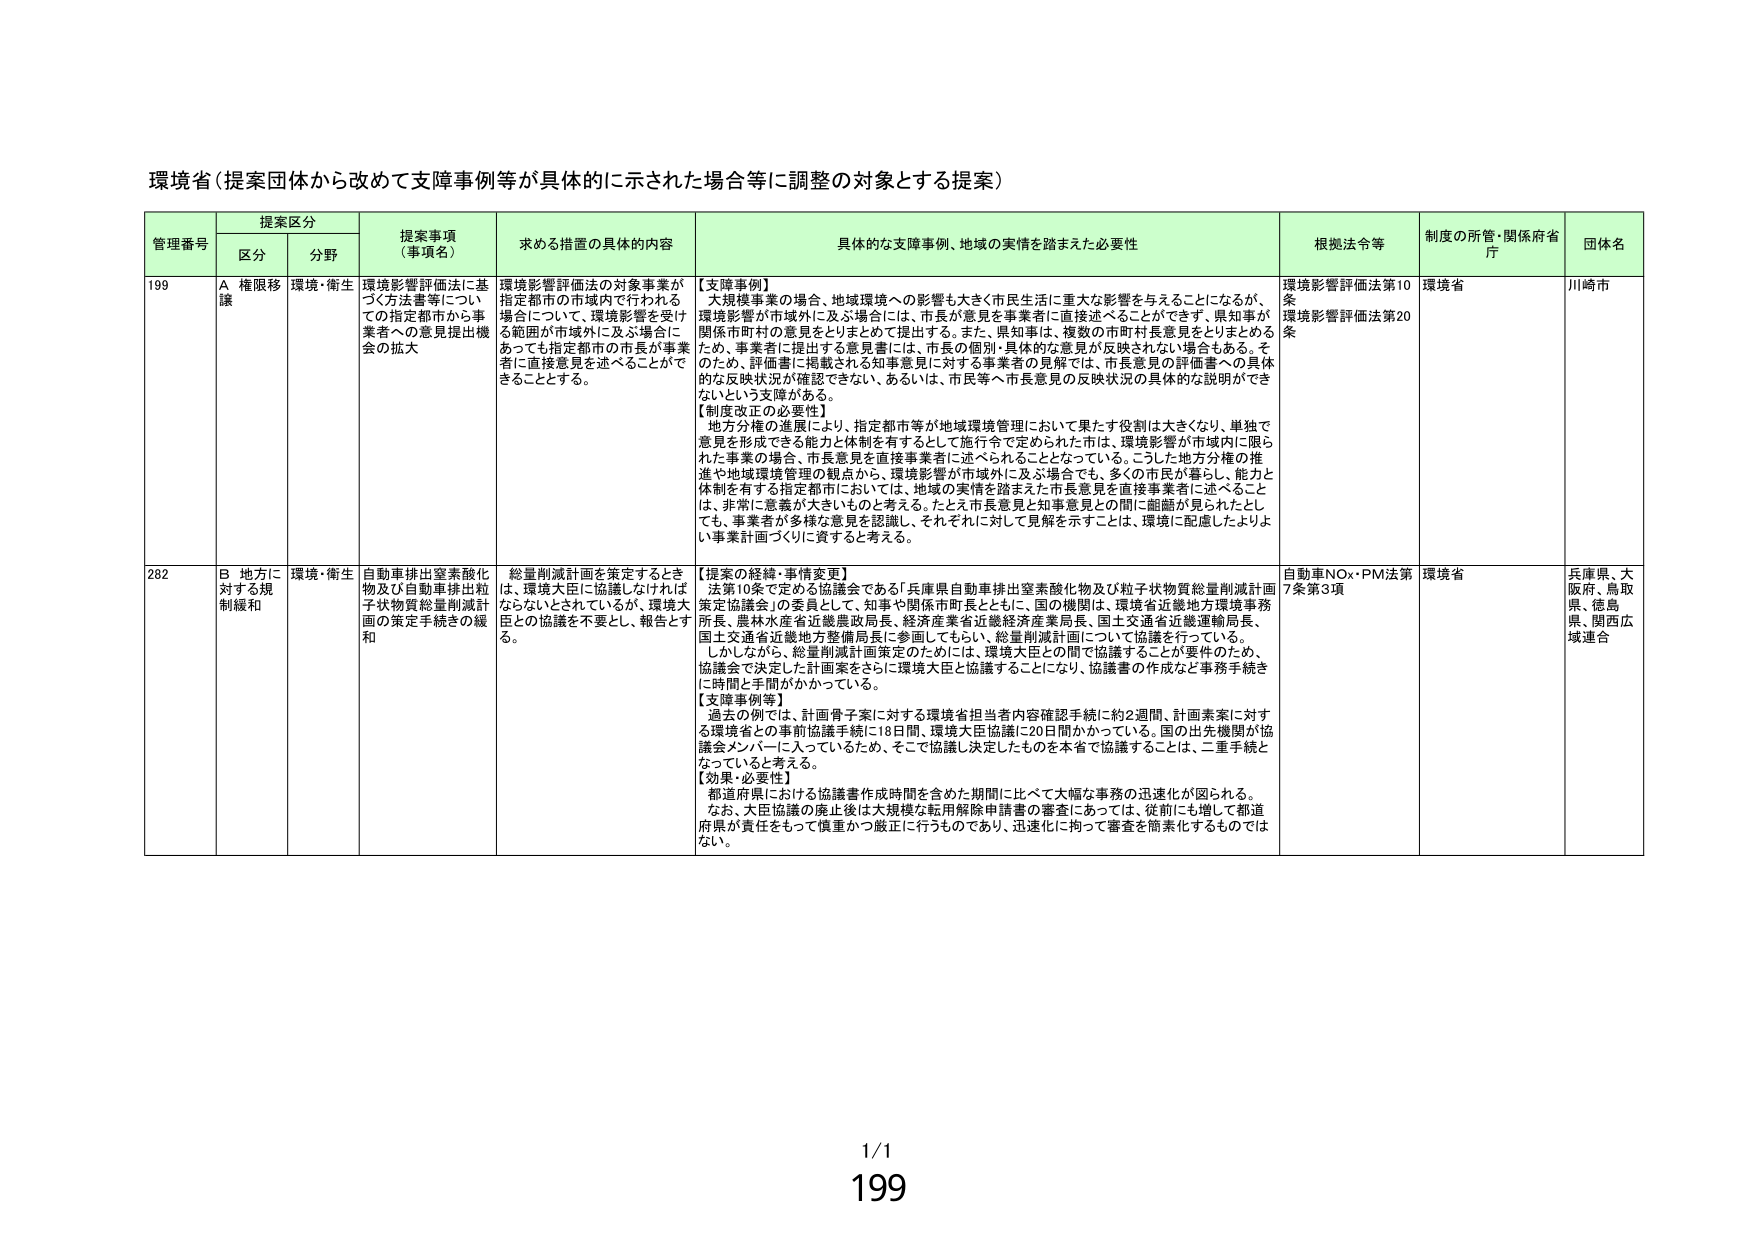
環境省（提案団体から改めて支援事例等が具体的に示された場合等に調整の対象とする提案）

管理番号　提案区分　提案事項（事項名）　求める措置の具体的内容　具体的な支援事例、地域の実情を踏まえた必要性　根拠法令等　制度の所管・関係府省庁　団体名
　　　　　区分　分野

199　A 権限移譲　環境・衛生　環境影響評価法に基づく方法書等についての指定都市から事業者への意見提出機会の拡大　環境影響評価法の対象事業が指定都市の市域内で行われる場合について、環境影響を受けた範囲が市域外に及ぶ場合にあっても指定都市の市長が事業者に直接意見を述べることができることとする。　【支援事例】
大規模事業の場合、地域環境への影響も大きく市民生活に重大な影響を与えることになるが、環境影響が市域外に及ぶ場合には、市長が意見を事業者に直接述べることができる。県知事が関係市町村の意見をとりまとめて提出する。また、県知事は、複数の市町村長意見をとりまとめるため、事業者に提出する意見書には、市長の個別・具体的な意見が反映されない場合もある。そのため、評価書に掲載される知事意見に対する事業者の見解では、市長意見の評価書への具体的な反映状況が確認できない、あるいは、市民等へ市長意見の反映状況の具体的な説明ができないという支障がある。
【制度改正の必要性】
地方分権の進展により、指定都市等が地域環境管理において果たす役割は大きくなく、単独で意見を形成できる能力と体制を有するとして施行令で定められた市は、環境影響が市域内に限られた事業の場合、市長意見を直接事業者に述べられることとなっている。こうした地方分権の推進や地域環境管理の観点から、環境影響が市域外に及ぶ場合でも、多くの市民が暮らし、能力と体制を有する指定都市においては、地域の実情を踏まえた市長意見を直接事業者に述べることは、非常に意義が大きいものと考える。たとえ市長意見と知事意見との間に齟齬が見られたとしても、事業者が多様な意見を認識し、それぞれに対して見解を示すことは、環境に配慮したよりよい事業計画づくりに資すると考える。　環境影響評価法第10条　環境影響評価法第20条　環境省　川崎市

282　B 地方に対する規制緩和　環境・衛生　自動車排出窒素酸化物及び自動車排出粒子状物質総量削減計画の策定手続きの緩和　総量削減計画を策定するときは、環境大臣に協議しなければならないとされているが、環境大臣との協議を不要とし、報告とする。　【提案の経緯・事情変更】
法第10条で定める協議会である「兵庫県自動車排出窒素酸化物及び粒子状物質総量削減計画策定協議会」の委員として、知事や関係市町長とともに、国の機関は、環境省近畿地方環境事務所長、農林水産省近畿農政局長、経済産業省近畿経済産業局長、国土交通省近畿運輸局長、国土交通省近畿地方整備局長に参画してもらい、総量削減計画について協議を行っている。
しかしながら、総量削減計画策定のためには、環境大臣との間で協議することが要件のため、協議会で決定した計画案をさらに環境大臣と協議することになり、協議書の作成など事務手続きに時間と手間がかかっている。
【支援事例等】
過去の例では、計画骨子案に対する環境省担当者内容確認手続に約2週間、計画素案に対する環境省との事前協議手続に18日間、環境大臣協議に20日間かかっている。国の出先機関が協議会メンバーに入っているため、そこで協議し決定したものを本省で協議することは、二重手続となっていると考える。
【効果・必要性】
都道府県における協議書作成時間を含めた期間に比べて大幅な事務の迅速化が図られる。
なお、大臣協議の廃止後は大規模な転用解除申請書の審査にあっては、従前にも増して都道府県が責任をもって慎重かつ厳正に行うものであり、迅速化に拘って審査を簡素化するものではない。　自動車NOx・PM法第7条第3項　環境省　兵庫県、大阪府、鳥取県、徳島県、関西広域連合

1/1
199